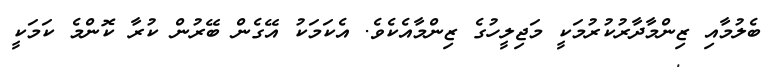
ބެލުމާއި ޒިންމާދާރުކުރުމަކީ މަޖިލީހުގެ ޒިންމާއެކެވެ. އެކަމަކު އޭގެން ބޭރުން ކުރާ ކޮންމެ ކަމަކީ